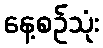
နေ့စဉ်သုံး